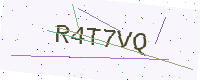
Text: R4T7VQ